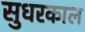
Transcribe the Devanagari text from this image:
सुधरकाल